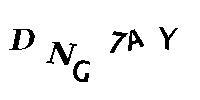
DNG7AY